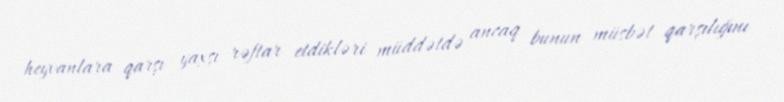
heyvanlara qarşı yaxşı rəftar etdikləri müddətdə ancaq bunun müsbət qarşılığını